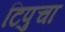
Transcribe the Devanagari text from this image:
टिपुचा